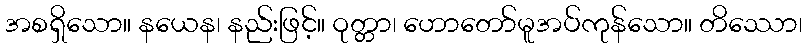
အစရှိသော။ နယေန၊ နည်းဖြင့်။ ဝုတ္တာ၊ ဟောတော်မူအပ်ကုန်သော။ တိဿော၊